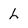
Character: L